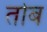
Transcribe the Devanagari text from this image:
तोब